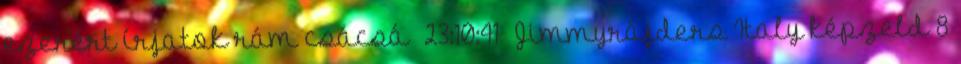
ezerért írjatok rám csácsá 23:10:41 Jimmyrájders Italy képzeld 8